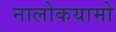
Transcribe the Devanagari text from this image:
नालोकयामो